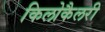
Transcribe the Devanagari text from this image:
किलोकैलरी